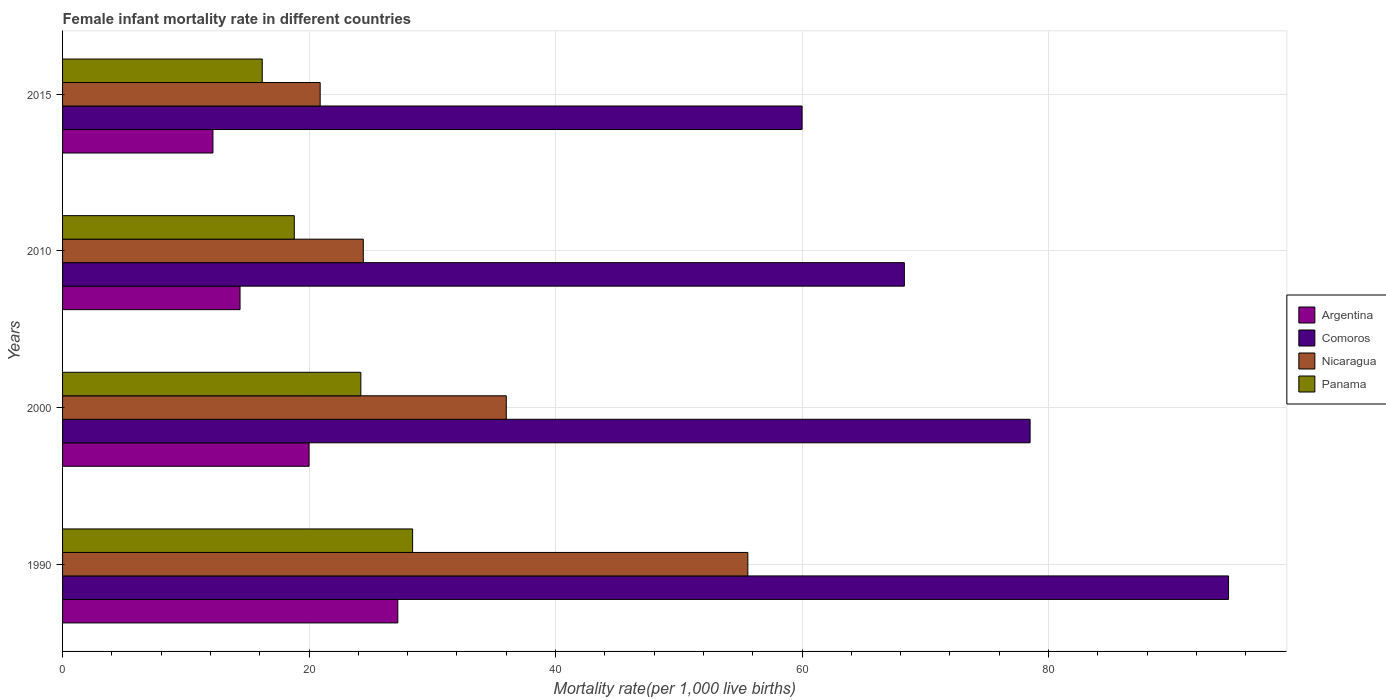
| Years | Argentina | Comoros | Nicaragua | Panama |
 | --- | --- | --- | --- | --- |
 | 1990 | 27.2 | 94.6 | 55.6 | 28.4 |
 | 2000 | 20 | 78.5 | 36 | 24.2 |
 | 2010 | 14.4 | 68.3 | 24.4 | 18.8 |
 | 2015 | 12.2 | 60 | 20.9 | 16.2 |